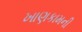
ખાણકામની